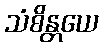
သံစိန္တယေ